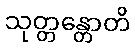
သုတ္တန္တောတိ